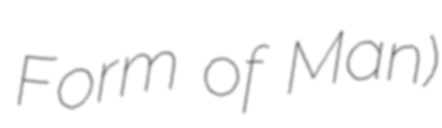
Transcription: Form of Man)